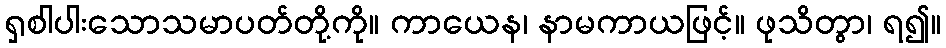
ရှစါပါးသောသမာပတ်တို့ကို။ ကာယေန၊ နာမကာယဖြင့်။ ဖုသိတွာ၊ ရ၍။